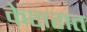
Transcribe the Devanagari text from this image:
केशरात